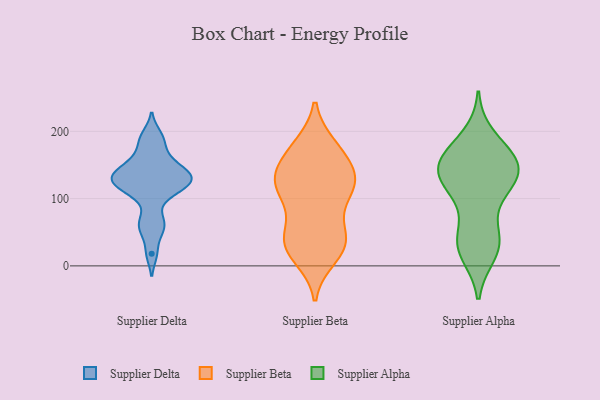
{"axis": {"x": "Churn Rate (%)", "y": "Value"}, "legend": ["Supplier Alpha", "Supplier Beta", "Supplier Delta"], "data": [{"x": "", "y": 128, "type": "Supplier Delta"}, {"x": "", "y": 142, "type": "Supplier Delta"}, {"x": "", "y": 121, "type": "Supplier Delta"}, {"x": "", "y": 186, "type": "Supplier Delta"}, {"x": "", "y": 59, "type": "Supplier Delta"}, {"x": "", "y": 168, "type": "Supplier Delta"}, {"x": "", "y": 132, "type": "Supplier Delta"}, {"x": "", "y": 144, "type": "Supplier Delta"}, {"x": "", "y": 155, "type": "Supplier Delta"}, {"x": "", "y": 195, "type": "Supplier Delta"}, {"x": "", "y": 134, "type": "Supplier Delta"}, {"x": "", "y": 107, "type": "Supplier Delta"}, {"x": "", "y": 18, "type": "Supplier Delta"}, {"x": "", "y": 117, "type": "Supplier Delta"}, {"x": "", "y": 52, "type": "Supplier Delta"}, {"x": "", "y": 111, "type": "Supplier Delta"}, {"x": "", "y": 132, "type": "Supplier Delta"}, {"x": "", "y": 74, "type": "Supplier Delta"}, {"x": "", "y": 28, "type": "Supplier Beta"}, {"x": "", "y": 142, "type": "Supplier Beta"}, {"x": "", "y": 39, "type": "Supplier Beta"}, {"x": "", "y": 25, "type": "Supplier Beta"}, {"x": "", "y": 36, "type": "Supplier Beta"}, {"x": "", "y": 124, "type": "Supplier Beta"}, {"x": "", "y": 114, "type": "Supplier Beta"}, {"x": "", "y": 114, "type": "Supplier Beta"}, {"x": "", "y": 92, "type": "Supplier Beta"}, {"x": "", "y": 119, "type": "Supplier Beta"}, {"x": "", "y": 121, "type": "Supplier Beta"}, {"x": "", "y": 177, "type": "Supplier Beta"}, {"x": "", "y": 43, "type": "Supplier Beta"}, {"x": "", "y": 14, "type": "Supplier Beta"}, {"x": "", "y": 153, "type": "Supplier Beta"}, {"x": "", "y": 128, "type": "Supplier Beta"}, {"x": "", "y": 173, "type": "Supplier Beta"}, {"x": "", "y": 49, "type": "Supplier Beta"}, {"x": "", "y": 173, "type": "Supplier Beta"}, {"x": "", "y": 149, "type": "Supplier Alpha"}, {"x": "", "y": 37, "type": "Supplier Alpha"}, {"x": "", "y": 122, "type": "Supplier Alpha"}, {"x": "", "y": 39, "type": "Supplier Alpha"}, {"x": "", "y": 131, "type": "Supplier Alpha"}, {"x": "", "y": 100, "type": "Supplier Alpha"}, {"x": "", "y": 162, "type": "Supplier Alpha"}, {"x": "", "y": 191, "type": "Supplier Alpha"}, {"x": "", "y": 19, "type": "Supplier Alpha"}, {"x": "", "y": 37, "type": "Supplier Alpha"}, {"x": "", "y": 138, "type": "Supplier Alpha"}, {"x": "", "y": 28, "type": "Supplier Alpha"}, {"x": "", "y": 170, "type": "Supplier Alpha"}, {"x": "", "y": 141, "type": "Supplier Alpha"}, {"x": "", "y": 157, "type": "Supplier Alpha"}, {"x": "", "y": 117, "type": "Supplier Alpha"}, {"x": "", "y": 149, "type": "Supplier Alpha"}]}